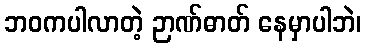
ဘဝကပါလာတဲ့ ဉာဏ်ဓာတ် နေမှာပါဘဲ၊